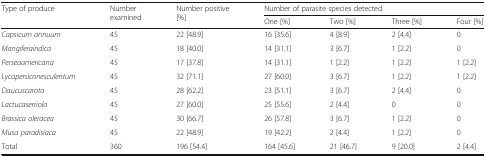
<table><thead><tr><td rowspan="2"><b>Type of produce</b></td><td rowspan="2"><b>Number examined</b></td><td rowspan="2"><b>Number positive [%]</b></td><td colspan="4"><b>Number of parasite species detected</b></td></tr><tr><td><b>One [%]</b></td><td><b>Two [%]</b></td><td><b>Three [%]</b></td><td><b>Four [%]</b></td></tr></thead><tbody><tr><td><i>Capsicum annuum</i></td><td>45</td><td>22 [48.9]</td><td>16 [35.6]</td><td>4 [8.9]</td><td>2 [4.4]</td><td>0</td></tr><tr><td><i>Mangiferaindica</i></td><td>45</td><td>18 [40.0]</td><td>14 [31.1]</td><td>3 [6.7]</td><td>1 [2.2]</td><td>0</td></tr><tr><td><i>Perseaamericana</i></td><td>45</td><td>17 [37.8]</td><td>14 [31.1]</td><td>1 [2.2]</td><td>1 [2.2]</td><td>1 [2.2]</td></tr><tr><td><i>Lycopersiconesculentum</i></td><td>45</td><td>32 [71.1]</td><td>27 [60.0]</td><td>3 [6.7]</td><td>1 [2.2]</td><td>1 [2.2]</td></tr><tr><td><i>Daucuscarota</i></td><td>45</td><td>28 [62.2]</td><td>23 [51.1]</td><td>3 [6.7]</td><td>2 [4.4]</td><td>0</td></tr><tr><td><i>Lactucaserriola</i></td><td>45</td><td>27 [60.0]</td><td>25 [55.6]</td><td>2 [4.4]</td><td>0</td><td>0</td></tr><tr><td><i>Brassica oleracea</i></td><td>45</td><td>30 [66.7]</td><td>26 [57.8]</td><td>3 [6.7]</td><td>1 [2.2]</td><td>0</td></tr><tr><td><i>Musa paradisiaca</i></td><td>45</td><td>22 [48.9]</td><td>19 [42.2]</td><td>2 [4.4]</td><td>1 [2.2]</td><td>0</td></tr><tr><td>Total</td><td>360</td><td>196 [54.4]</td><td>164 [45.6]</td><td>21 [46.7]</td><td>9 [20.0]</td><td>2 [4.4]</td></tr></tbody></table>